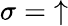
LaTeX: \sigma=\mathrm{\uparrow}